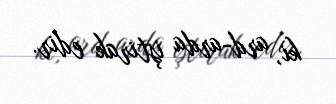
ki, ard-arda iştirak edir.